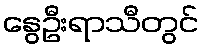
နွေဦးရာသီတွင်